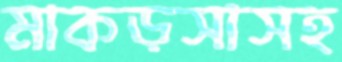
মাকড়সাসহ